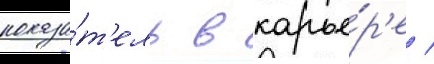
показа́т'ель в карье́р'е /